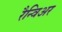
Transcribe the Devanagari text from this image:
रैन्विअर